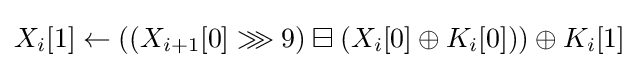
X_{i}[1]\leftarrow \left(\left(X_{i+1}[0]\ggg 9\right)\boxminus \left(X_{i}[0]\oplus K_{i}[0]\right)\right)\oplus K_{i}[1]